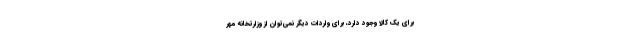
برای یک کالا وجود دارد، برای واردات دیگر نمی‌توان از وزارتخانه مهر